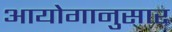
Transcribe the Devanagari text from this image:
आयोगानुसार